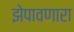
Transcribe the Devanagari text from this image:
झेपावणारा